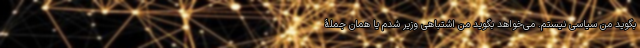
بگوید من سیاسی نیستم. می‌خواهد بگوید من اشتباهی وزیر شدم یا همان جملۀ